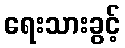
ရေးသားခွင့်